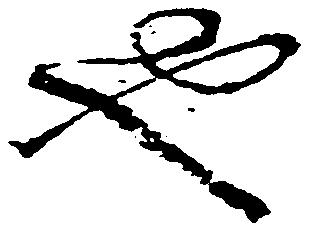
也